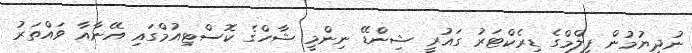
ނުދިޔުމުން ފިލްމްގެ ޑިރެކްޓަރު ގައުރީ ޝިންޑޭ ނިންމީ ޝާހްގެ ކޮސްޓިއުމްގައި އޭނާއާ ވައްތަރު